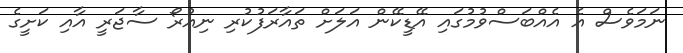
ނަމަވެސް އެ އެއްބަސްވުމުގައި އޭޑީކޭން އަލަށް ތައާރަފުކުރި ނިއުރޯ ސާޖަރީ އާއި ކަށީގެ